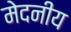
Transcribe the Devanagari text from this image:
मेदनीय